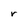
Character: r